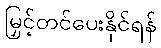
မြှင့်တင်ပေးနိုင်ရန်